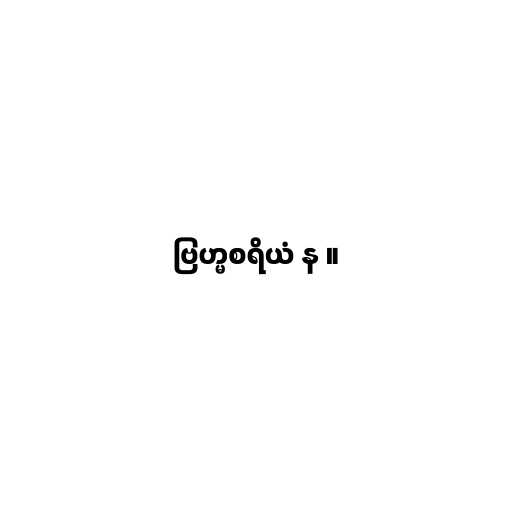
ဗြဟ္မစရိယံ န ။